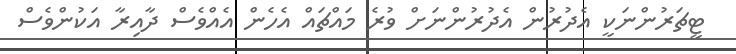
ޓީޗަރުންނަކީ އެދުރުން އެދުރުންނަށް ވުރެ މައްޗައް އެހެން އެއްވެސް ދާއިރާ އަކުންވެސް